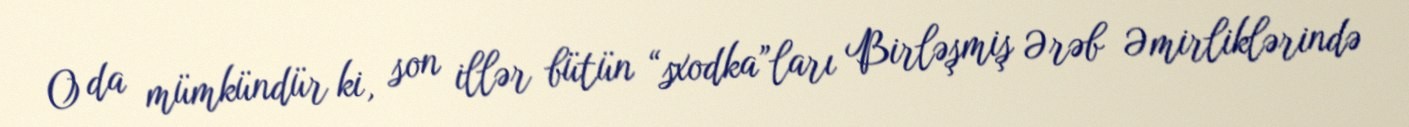
O da mümkündür ki, son illər bütün “sxodka”ları Birləşmiş Ərəb Əmirliklərində